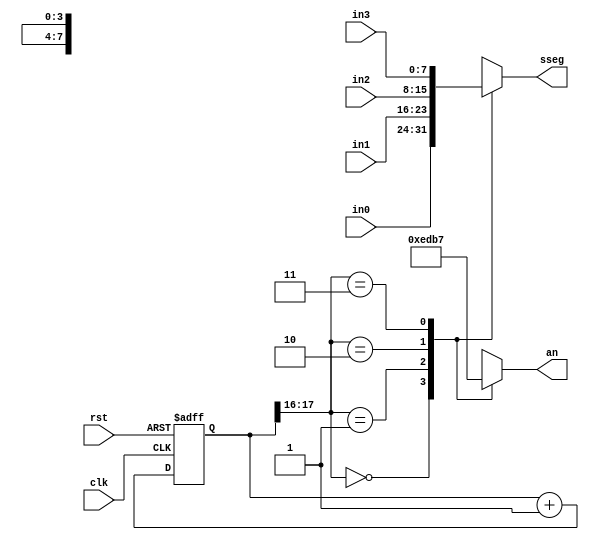
module disp_mux
	(
		input wire rst, clk,
		input wire [7:0] in0, in1, in2, in3,
		output reg [7:0] sseg,
		output reg [3:0] an
	);
	
	localparam N = 18; //for setting the refresh rate , higher the number , lower the frequency
	// refresh rate = clock frequency / 2^(N-2)
	reg [N-1:0] q_reg;
	wire [N-1:0] q_next;
	wire [1:0] sel;
	
	always @(posedge clk, posedge rst)
		if(rst) q_reg <= 0 ;
		else q_reg <= q_next ;
	
	assign q_next = q_reg + 1;
	assign sel = q_reg[N-1:N-2] ;
	
	always @*
		begin
			case(sel)
				2'b00: 
					begin
						sseg = in0;
						an = 4'b1110;
					end
				2'b01: 
					begin
						sseg = in1;
						an = 4'b1101;
					end
				2'b10: 
					begin
						sseg = in2;
						an = 4'b1011;
					end
				2'b11: 
					begin
						sseg = in3;
						an = 4'b0111;
					end
			endcase
		end
endmodule